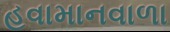
હવામાનવાળા